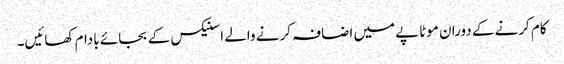
کام کرنے کے دوران موٹاپے میں اضافہ کرنے والے اسنیکس کے بجائے بادام کھائیں۔